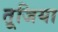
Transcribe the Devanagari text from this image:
तूजिया